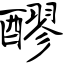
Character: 醪